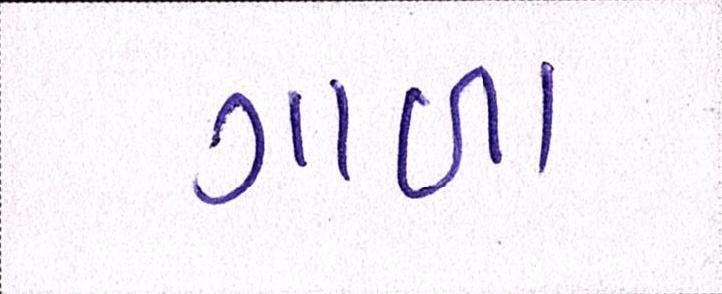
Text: ગાળા